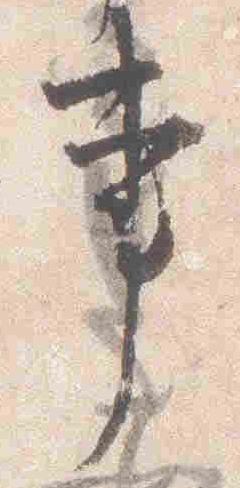
事